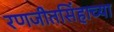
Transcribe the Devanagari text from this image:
रणजीतसिंहाच्या